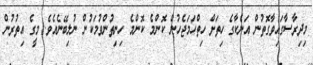
މިދިރާސާގައިވާގޮތުން އަނެކާގެ ހިތަށް ހިތްހަމަޖެހުން ކޮންމެ ކޮންމެ ހިނިތުންވުމަކުން ނުލިބޭނެއެވެ. މީގެ އިތުރުން